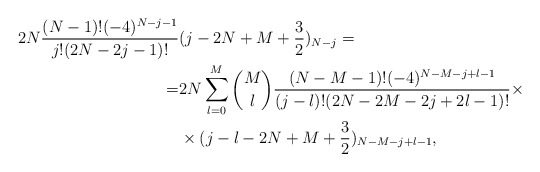
\begin{align*} 2N\frac{(N-1)!(-4)^{N-j-1}}{j!(2N-2j-1)!}&(j-2N+M+\frac 32)_{N-j}=\\ =&2N\sum_{l=0}^M {M\choose l}\frac{(N-M-1)!(-4)^{N-M-j+l-1}}{(j-l)!(2N-2M-2j+2l-1)!}\times\\ &\times (j-l-2N+M+\frac 32)_{N-M-j+l-1}, \end{align*}